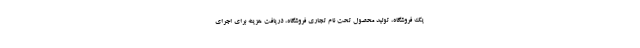
یک فروشگاه، تولید محصول تحت نام تجاری فروشگاه، دریافت هزینه برای اجرای